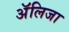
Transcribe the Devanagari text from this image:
अॅलिजा